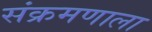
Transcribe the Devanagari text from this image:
संक्रमणाला